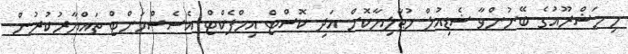
މި މަޝްރޫއުގެ ބޭނުންވާ ޝެޑިއުލް މުޠާލިޔާކޮށް އަދި ކޮސްޓް އިމްޕެކްޓް އެސެސްމަންޓް ތައްޔާރުކުރުން.